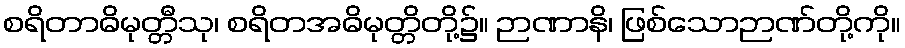
စရိတာဓိမုတ္တီသု၊ စရိတအဓိမုတ္တိတို့၌။ ဉာဏာနိ၊ ဖြစ်သောဉာဏ်တို့ကို။